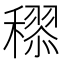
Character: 𥢩